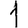
Digit: 1